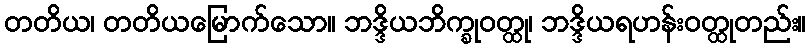
တတိယ၊ တတိယမြောက်သော။ ဘဒ္ဒိယဘိက္ခုဝတ္ထု၊ ဘဒ္ဒိယရဟန်းဝတ္ထုတည်း။